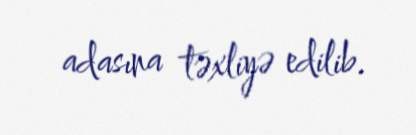
adasına təxliyə edilib.